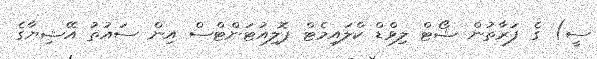
ސީ) ގެ ފަރާތުން ޝޯޓް ލިވްޑް ކްލައިމެޓް ޕޮލިއުޓަންޓްސް އިން ސައުތު އޭޝިޔާގެ